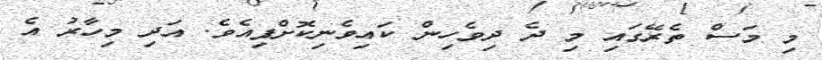
މި މަސް ތެރޭގައި މި ދެ ދިވެހިން ކައިވެނިކޮށްފިއެވެ. އަދި މިހާރު އެ